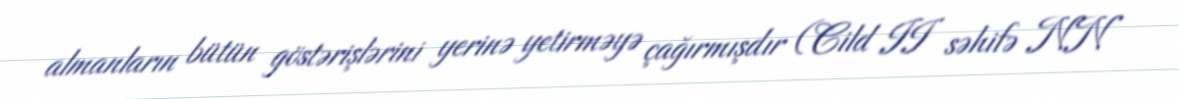
almanların bütün göstərişlərini yerinə yetirməyə çağırmışdır (Cild II səhifə NN